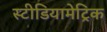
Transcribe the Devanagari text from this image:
स्टीडियामेट्रिक